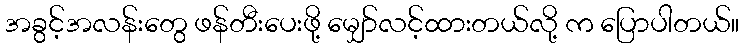
အခွင့်အလန်းတွေ ဖန်တီးပေးဖို့ မျှော်လင့်ထားတယ်လို့ က ပြောပါတယ်။